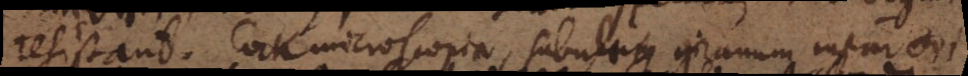
resistant. Cock microscopia, sabulum granum instar ovi